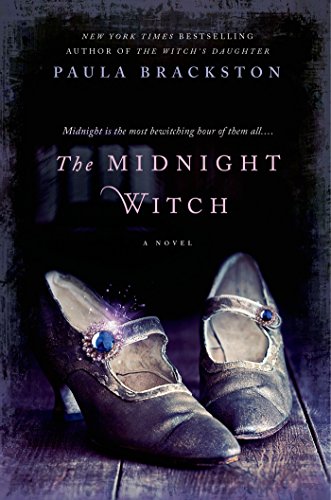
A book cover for The Midnight Witch; Paula Brackston; Science Fiction & Fantasy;